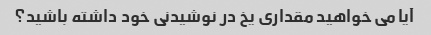
آیا می خواهید مقداری یخ در نوشیدنی خود داشته باشید؟